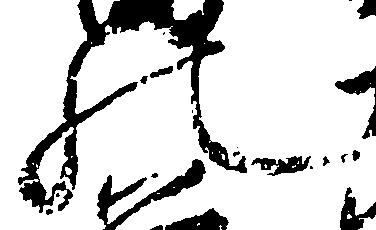
の